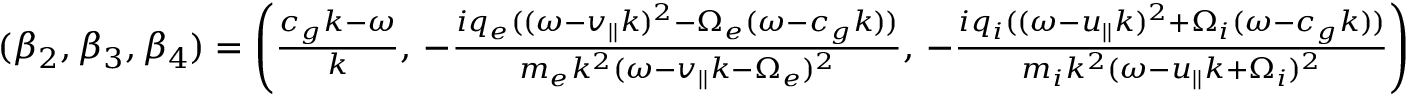
\begin{array} { r } { ( \beta _ { 2 } , \beta _ { 3 } , \beta _ { 4 } ) = \left( \frac { c _ { g } k - \omega } { k } , \, - \frac { i q _ { e } ( ( \omega - v _ { | | } k ) ^ { 2 } - \Omega _ { e } ( \omega - c _ { g } k ) ) } { m _ { e } k ^ { 2 } ( \omega - v _ { | | } k - \Omega _ { e } ) ^ { 2 } } , \, - \frac { i q _ { i } ( ( \omega - u _ { | | } k ) ^ { 2 } + \Omega _ { i } ( \omega - c _ { g } k ) ) } { m _ { i } k ^ { 2 } ( \omega - u _ { | | } k + \Omega _ { i } ) ^ { 2 } } \right) } \end{array}